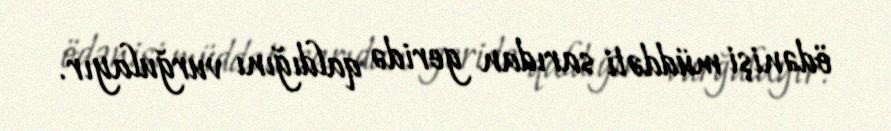
ödənişi müddəti sarıdan geridə qaldığını vurğulayır.